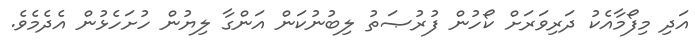
އަދި މިފޯމާއެކު ދަރިވަރަށް ކޯހުން ފުރުޞަތު ލިބުނުކަން އަންގާ ލިޔުން ހުށަހެޅުން އެދެމެވެ.